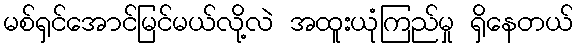
မစ်ရှင်အောင်မြင်မယ်လို့လဲ အထူးယုံကြည်မှု ရှိနေတယ်